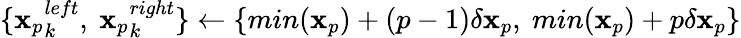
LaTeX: \{ {\mathbf{x}_{p}}_{k}^{left},\ {\mathbf{x}_{p}}_{k}^{right}\} \gets\{ min(\mathbf{x}_{p})+(p-1)\delta\mathbf{x}_{p},\ min(\mathbf{x}_{p})+p\delta\mathbf{x}_{p}\}